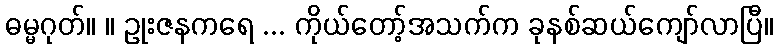
ဓမ္မဂုတ်။ ။ ဥုးဇနကရေ ... ကိုယ်တော့်အသက်က ခုနစ်ဆယ်ကျော်လာပြီ။